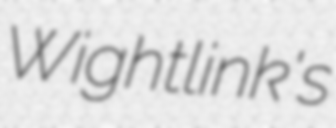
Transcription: Wightlink's